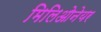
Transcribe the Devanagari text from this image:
मिलिओनेयर